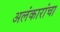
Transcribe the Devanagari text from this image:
अलंकारांचा